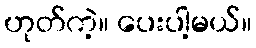
ဟုတ်ကဲ့။ ပေးပါ့မယ်။